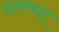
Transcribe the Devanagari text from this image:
लक्ष्‍या